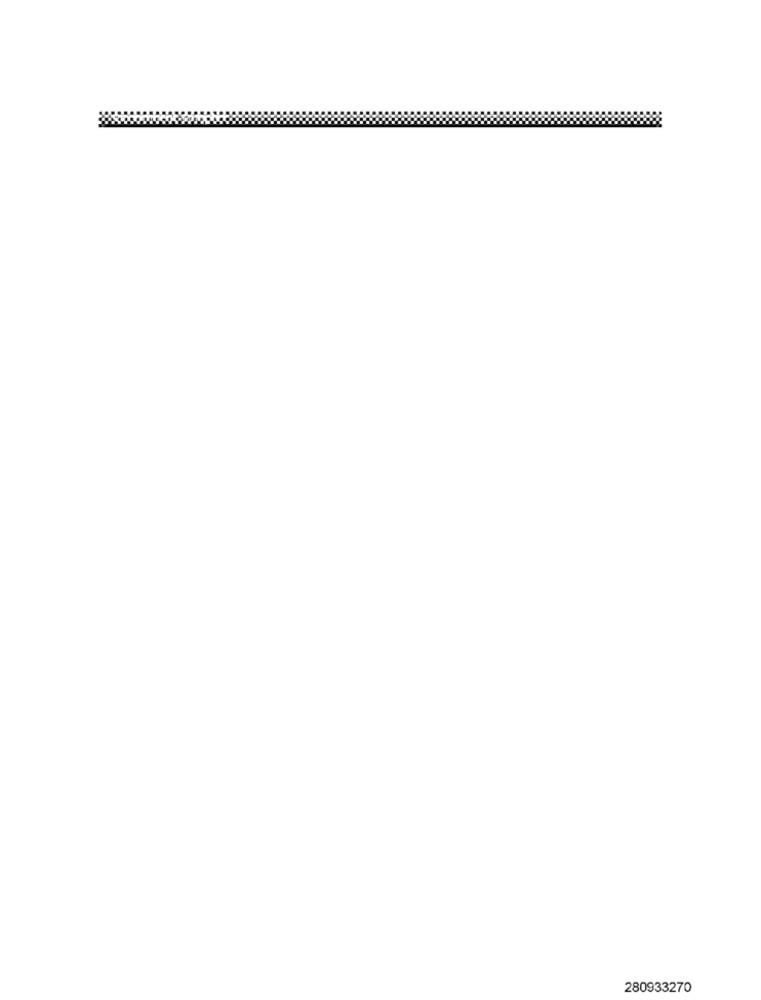
280933270